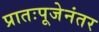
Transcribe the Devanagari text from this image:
प्रातःपूजेनंतर